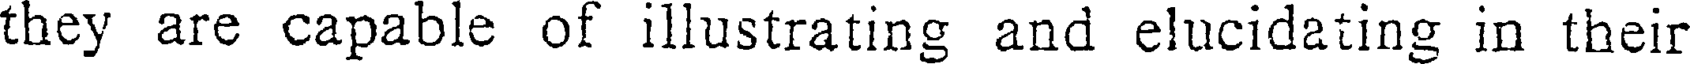
they are capable of illustrating and elucidating in their